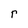
Character: r